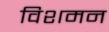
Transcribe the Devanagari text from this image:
विशमन